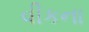
વીકના